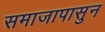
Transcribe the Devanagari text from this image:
समाजापासुन